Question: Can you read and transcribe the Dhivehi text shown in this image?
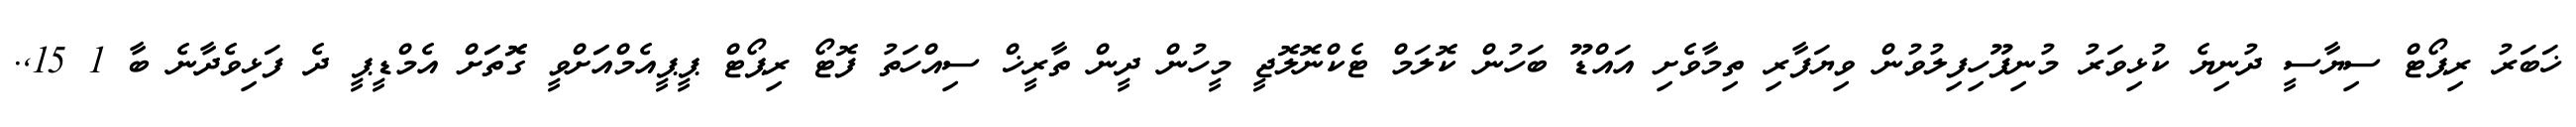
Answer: ޚަބަރު ރިޕޯޓް ސިޔާސީ ދުނިޔެ ކުޅިވަރު މުނިފޫހިފިލުވުން ވިޔަފާރި ތިމާވެށި އައްޑޫ ބަހުން ކޮލަމް ޓެކްނޮލޮޖީ މީހުން ދީން ތާރީޚް ސިއްހަތު ފޮޓޯ ރިޕޯޓް ޕީޕީއެމްއަަށްވީ ގޮޮތަަށް އެމްޑީޕީ ދެ ފަޅިވެދާނެ ބާ 1 15,.